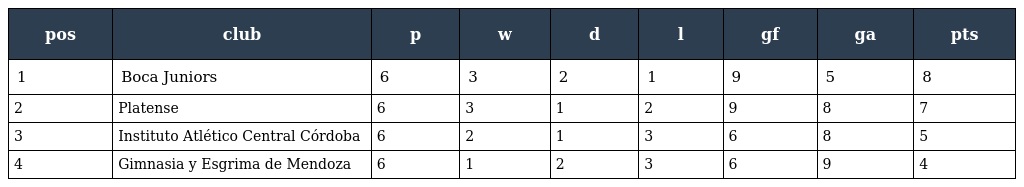
| pos | club | p | w | d | l | gf | ga | pts |
 | --- | --- | --- | --- | --- | --- | --- | --- | --- |
 | 1 | Boca Juniors | 6 | 3 | 2 | 1 | 9 | 5 | 8 |
 | 2 | Platense | 6 | 3 | 1 | 2 | 9 | 8 | 7 |
 | 3 | Instituto Atlético Central Córdoba | 6 | 2 | 1 | 3 | 6 | 8 | 5 |
 | 4 | Gimnasia y Esgrima de Mendoza | 6 | 1 | 2 | 3 | 6 | 9 | 4 |